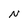
Character: n